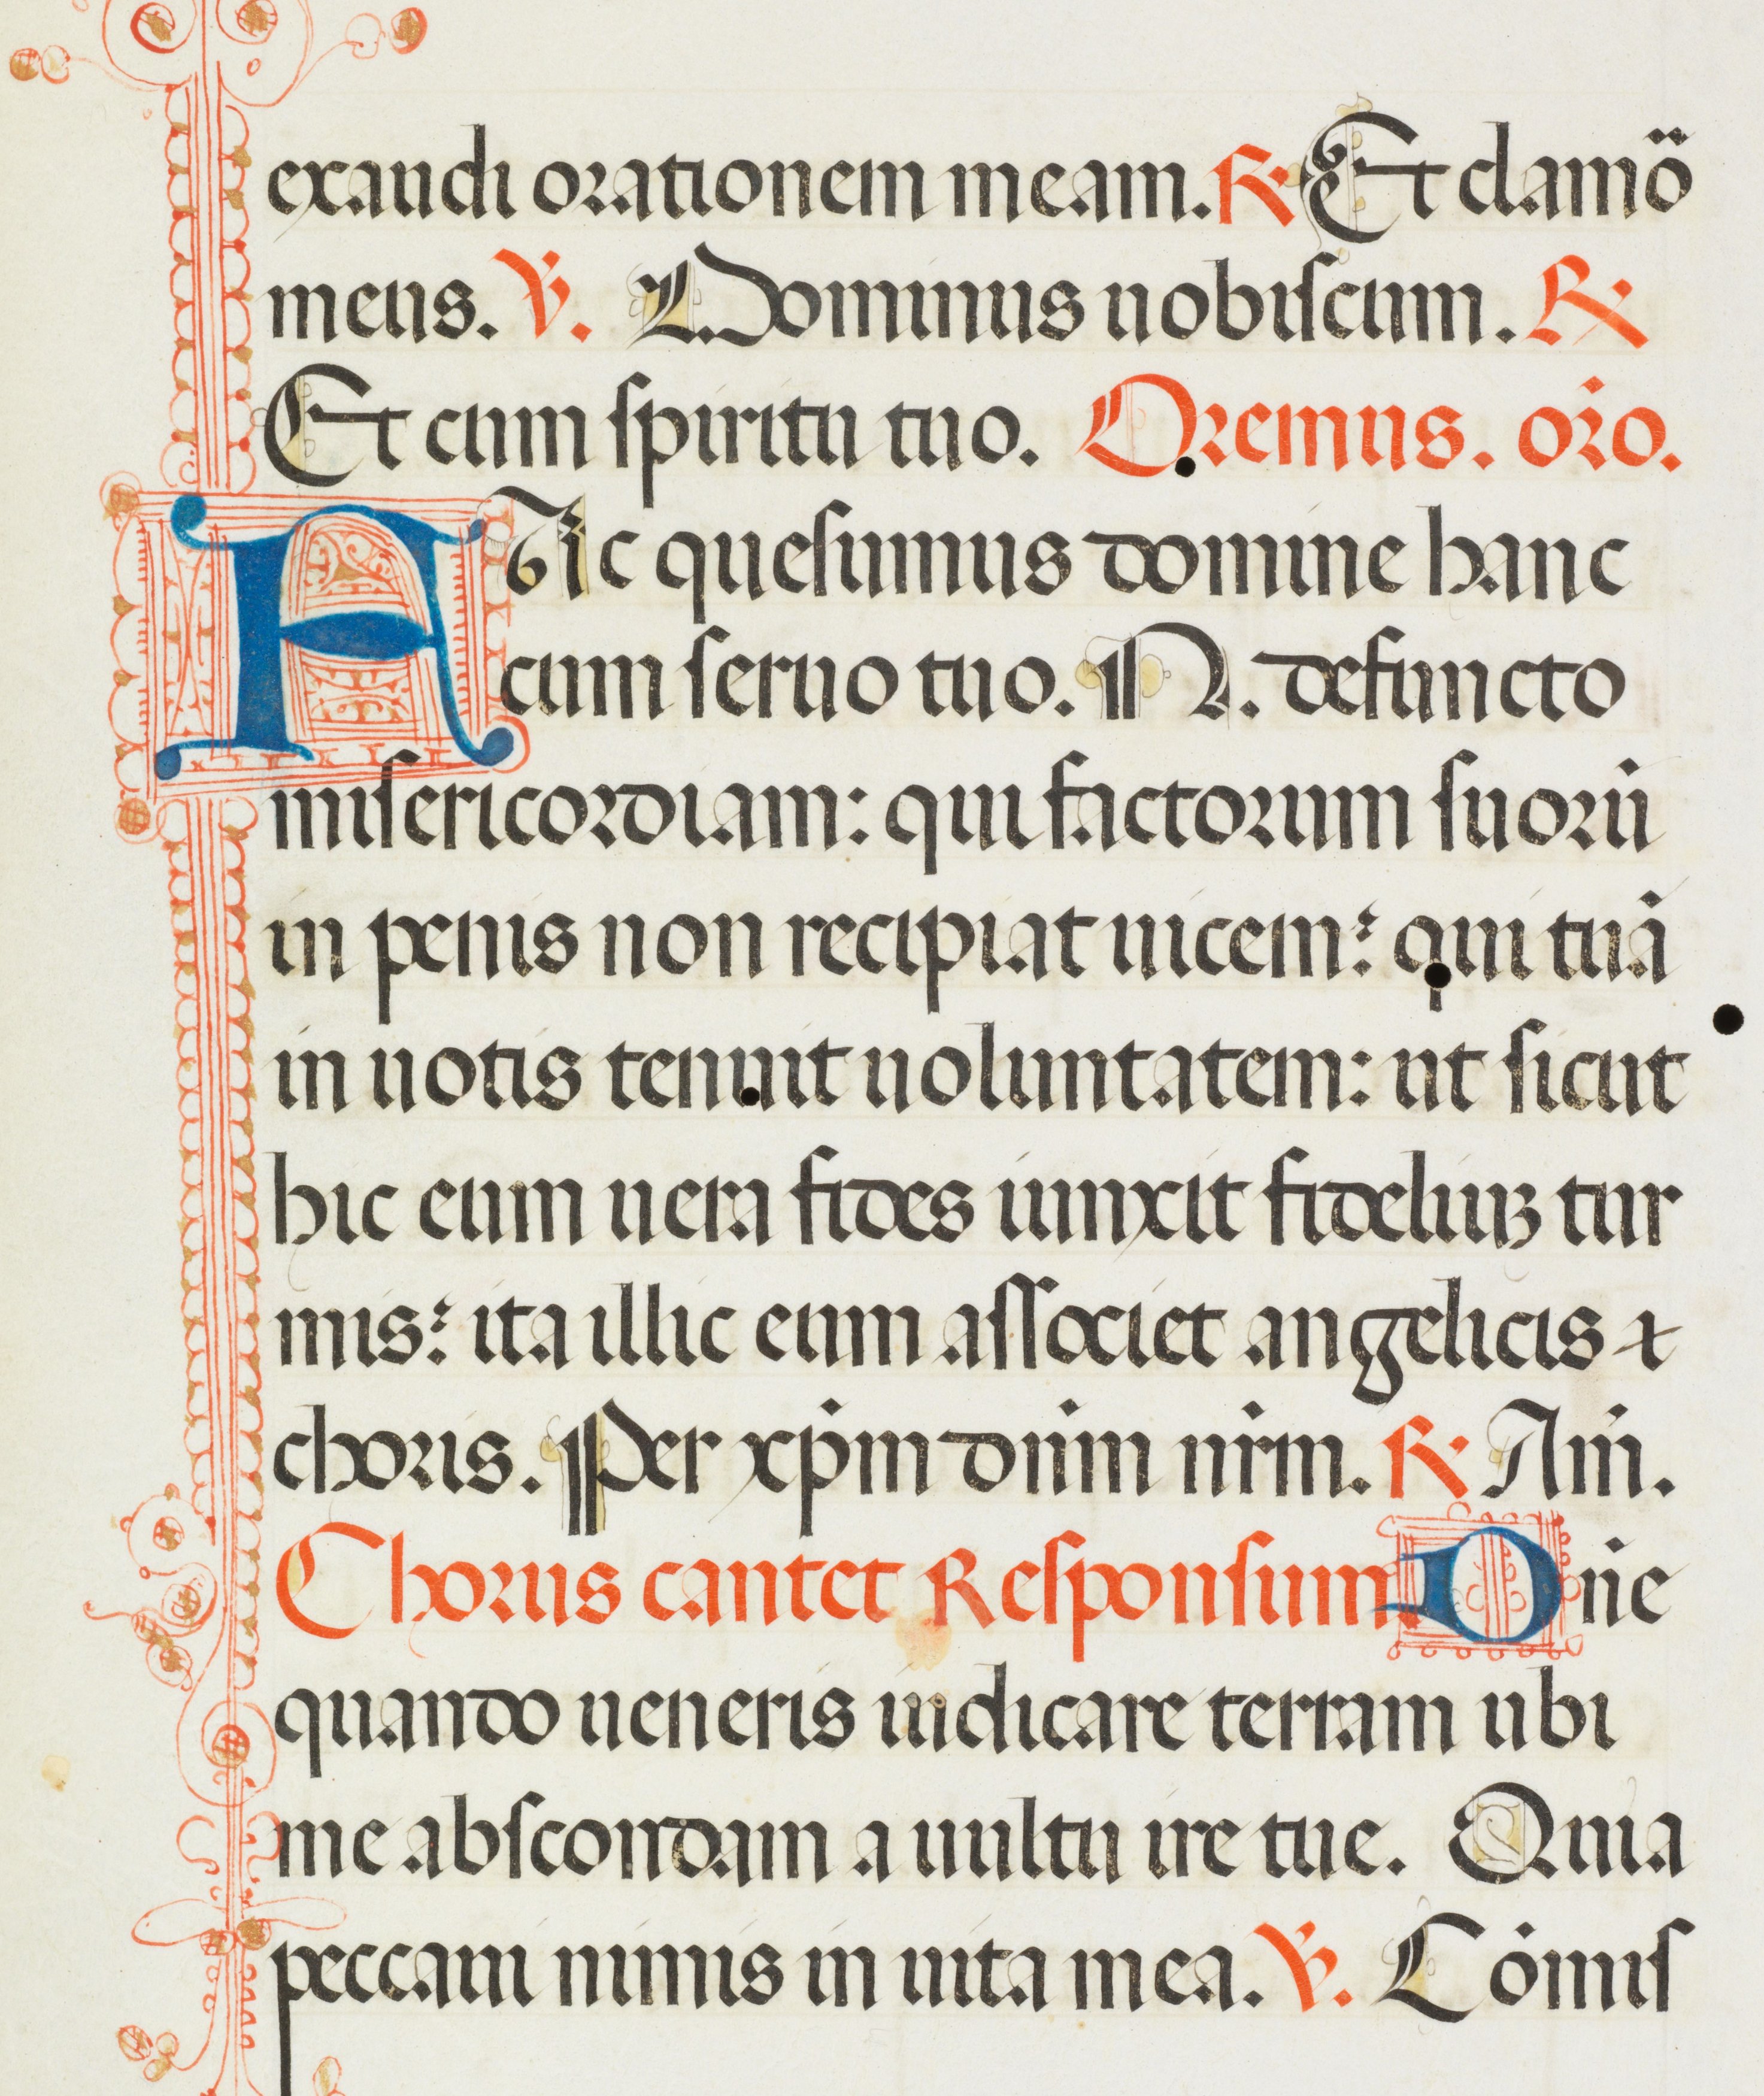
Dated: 1455–1599